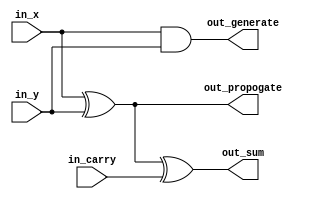
module b_cell_1(input in_x, input in_y, input in_carry, output out_sum, output out_generate, output out_propogate);

	assign out_generate = in_x & in_y;
	assign out_propogate = in_x ^ in_y;
	assign out_sum = out_propogate ^ in_carry;

endmodule